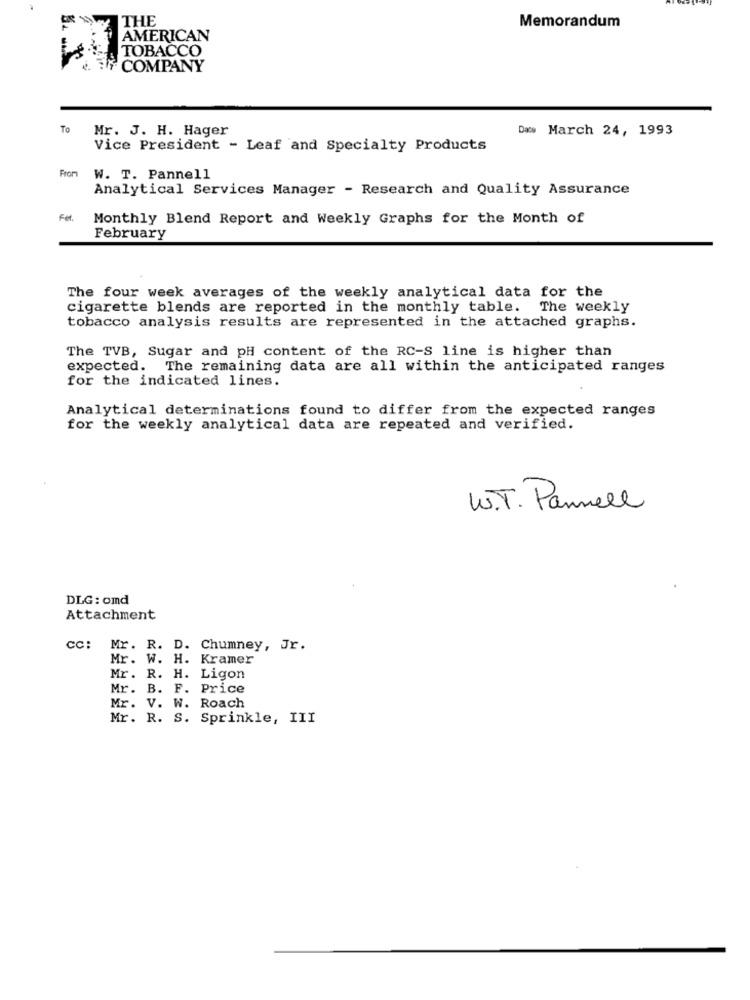
THE
Memorandum
AMERICAN
TOBACCO
EN COMPANY
To
Mr. J. H. Hager
Daws March 24, 1993
Vice President - Leaf and Specialty Products
From
W. T. Pannell
Analytical Services Manager - Research and Quality Assurance
Fet
Monthly Blend Report and Weekly Graphs for the Month of
February
The four week averages of the weekly analytical data for the
cigarette blends are reported in the monthly table. The weekly
tobacco analysis results are represented in the attached graphs.
The TVB, Sugar and pH content of the RC-S line is higher than
expected. The remaining data are all within the anticipated ranges
for the indicated lines.
Analytical determinations found to differ from the expected ranges
for the weekly analytical data are repeated and verified.
W.T. Pannell
DLG : omd
Attachment
cc:
Mr. R. D. Chumney, Jr.
Mr. W. H. Kramer
Mr. R. H. Ligon
Mr. B. F. Price
Mr. V. W. Roach
Mr. R. S. Sprinkle, III